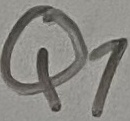
Text: Q1